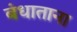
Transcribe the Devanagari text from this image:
बंधाताना